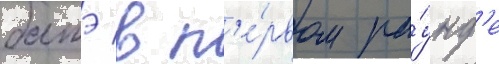
батэ в п'е́рвом ра́унд'е